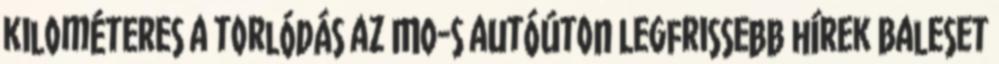
kilométeres a torlódás az M0-s autóúton Legfrissebb hírek Baleset